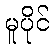
မူပိုင်